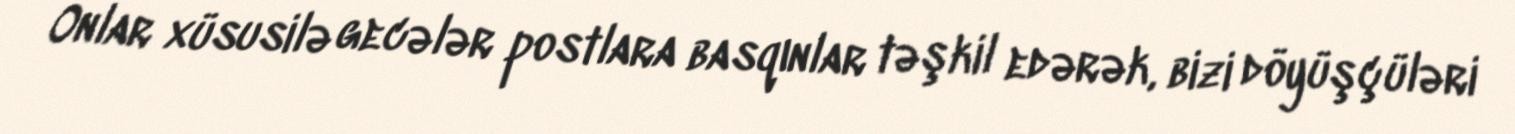
Onlar xüsusilə gecələr postlara basqınlar təşkil edərək, bizi döyüşçüləri